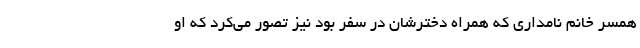
همسر خانم نامداری که همراه دخترشان در سفر بود نیز تصور می‌کرد که او